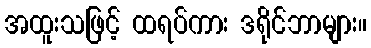
အထူးသဖြင့် ထရပ်ကား ဒရိုင်ဘာများ။